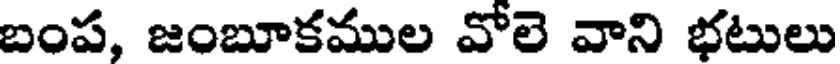
బంప, జంబూకముల వోలె వాని భటులు